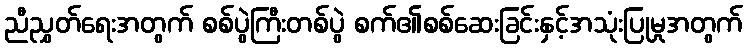
ညီညွှတ်ရေးအတွက် စစ်ပွဲကြီးတစ်ပွဲ စက်၏စစ်ဆေးခြင်းနှင့်အသုံးပြုမှုအတွက်